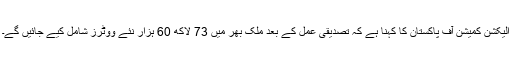
الیکشن کمیشن آف پاکستان کا کہنا ہے کہ تصدیقی عمل کے بعد ملک بھر میں 73 لاکھ 60 ہزار نئے ووٹرز شامل کیے جائیں گے۔